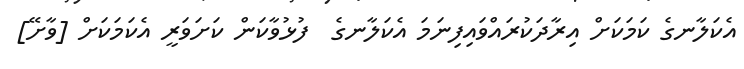
އެކަލާނގެ ކަމަކަށް އިރާދަކުރައްވައިފިނަމަ އެކަލާނގެ  ފުޅުވާކަން ކަށަވަރީ އެކަމަކަށް [ވާށޭ]